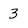
Character: 3